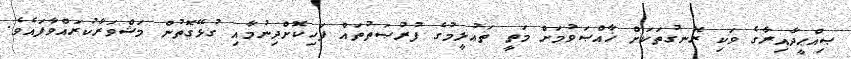
ޞިއްޙީދާއިރާގެ ވަކި ރޮނގުތަކަށް ޚާއްޞަވުމަށް މަތީ ތަޢުލީމުގެ ފުރުޞަތުތައް ފަހިކޮށްދިނުމާއި ގުޅޭގޮތުން މަޝްވަރާކުރައްވާފައެވެ.